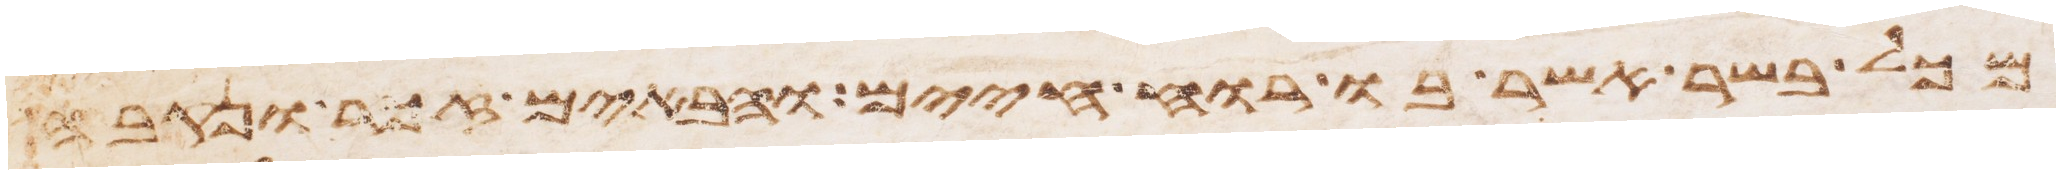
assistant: מכל בשר אשר בו רוח חיים והבאים זכר ונקבה